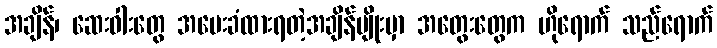
အချိန်၊ ဆေးဝါးတွေ အပေးခံထားရတဲ့အချိန်မျိုးမှာ အတွေးတွေက ဟိုရောက် သည်ရောက်